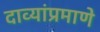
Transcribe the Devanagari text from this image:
दाव्यांप्रमाणे